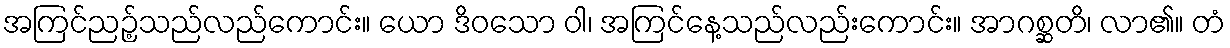
အကြင်ညဉ့်သည်လည်ကောင်း။ ယော ဒိဝသော ဝါ၊ အကြင်နေ့သည်လည်းကောင်း။ အာဂစ္ဆတိ၊ လာ၏။ တံ